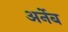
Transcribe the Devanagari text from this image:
अर्नेब